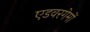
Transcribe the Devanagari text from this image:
एडवरगेमों